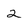
Character: 2